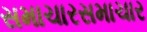
સમાચારસમાચાર